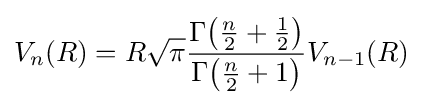
V_{n}(R)=R{\sqrt {\pi }}{\frac {\Gamma {\bigl (}{\tfrac {n}{2}}+{\tfrac {1}{2}}{\bigr )}}{\Gamma {\bigl (}{\tfrac {n}{2}}+1{\bigr )}}}V_{n-1}(R)